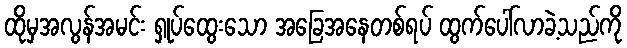
ထိုမှအလွန်အမင်း ရှုပ်ထွေးသော အခြေအနေတစ်ရပ် ထွက်ပေါ်လာခဲ့သည်ကို